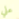
علي